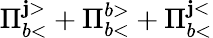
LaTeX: \Pi_{b<}^{\mathbf{j}>}+\Pi_{b<}^{b>}+\Pi_{b<}^{\mathbf{j}<}